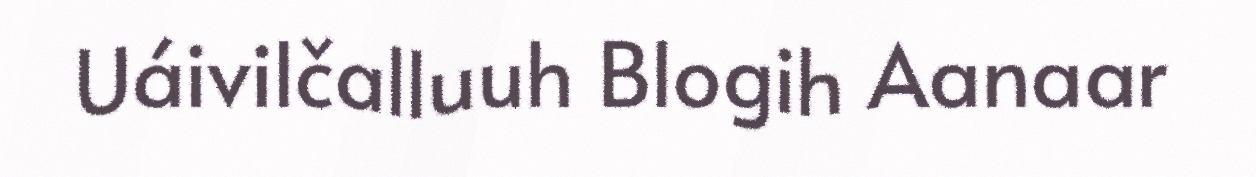
Uáivilčalluuh Blogih Aanaar